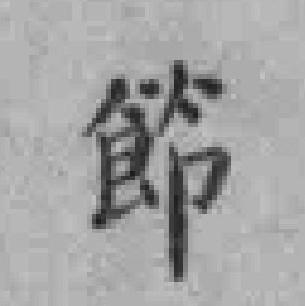
節